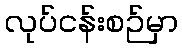
လုပ်ငန်းစဉ်မှာ